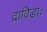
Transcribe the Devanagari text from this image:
द्राविडाः